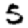
Digit: 5